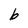
Character: b